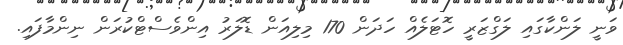
ވަނީ ލަންކާގައި ލަގްޒަރީ ހޮޓަލެއް ހަދަން 170 މިލިއަން ޑޮލަރު އިންވެސްޓްކުރަން ނިންމާފައި.